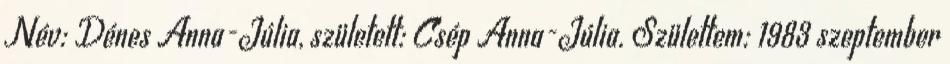
Név: Dénes Anna-Júlia, született: Csép Anna-Júlia. Születtem: 1983 szeptember